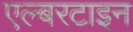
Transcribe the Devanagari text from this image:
एल्बरटाइन